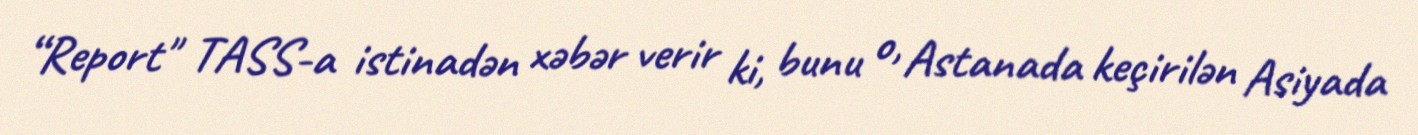
“Report" TASS-a istinadən xəbər verir ki, bunu o, Astanada keçirilən Asiyada